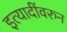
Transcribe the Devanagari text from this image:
इत्यादींवरुन